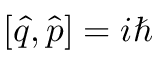
[ \hat { q } , \hat { p } ] = i \hbar